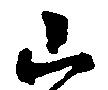
山